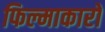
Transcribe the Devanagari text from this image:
फिल्माकारों